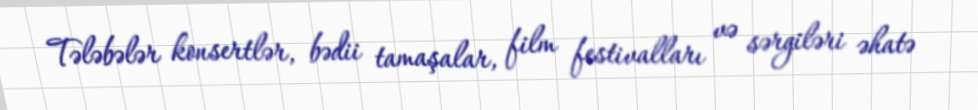
Tələbələr konsertlər, bədii tamaşalar, film festivalları və sərgiləri əhatə